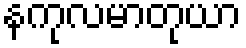
နကုလမာတုယာ